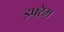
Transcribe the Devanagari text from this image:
इफ्ऱेम